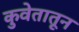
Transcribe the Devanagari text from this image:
कुवेतातून